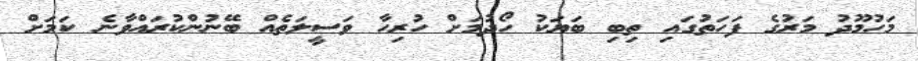
މަހުމޫދު މަރުގެ ފަހަތުގައި ތިބި ބަޔަކު ހޯދުމަށް ހުރިހާ ވަސީލަތެއް ބޭނުންކުރައްވާނެ ކަމަށް